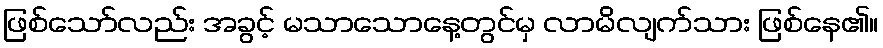
ဖြစ်သော်လည်း အခွင့် မသာသောနေ့တွင်မှ လာမိလျက်သား ဖြစ်နေ၏။